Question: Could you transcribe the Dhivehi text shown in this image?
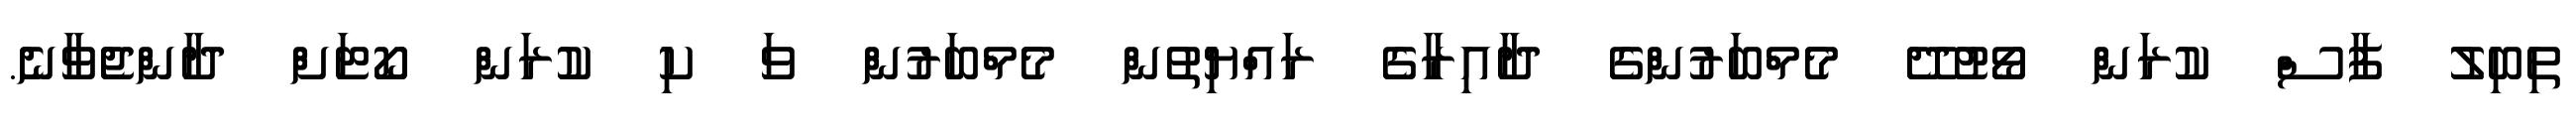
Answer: ތިބިލު ފާސް ކުރަން ވޯޓުދޭ މެމްބަރުންގެ ދާއިރާގެ ރައްޔިތުން މެމްބަރުން ވަ ކި ކުރަން ކޯޓަށް ދާންޖެވާނެ.